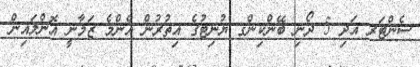
ސެންޓަރ އަދި 5 ދޯނި ބޭންކިންގ ޔުނިޓުގެ އިތުރުން އެންމެ ޒަމާނީ އޮންލައިން